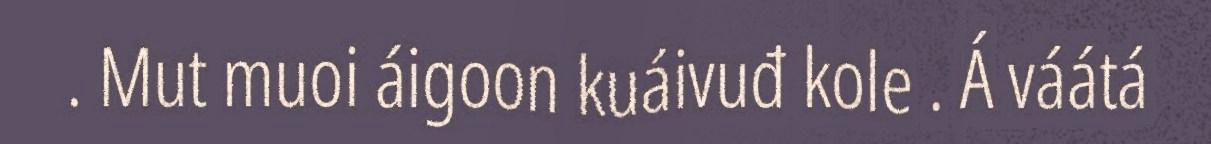
. Mut muoi áigoon kuáivuđ kole . Á váátá